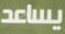
يساعد